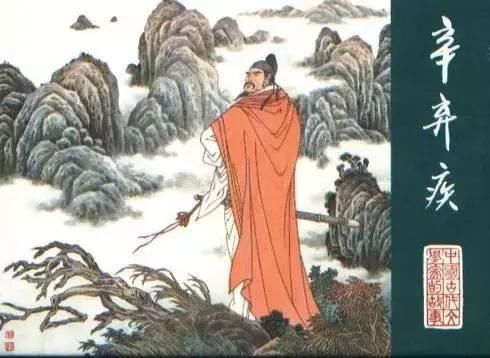
渡江天马南来，几人真是经纶手。